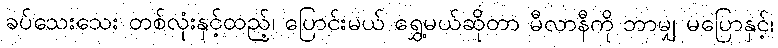
ခပ်သေးသေး တစ်လုံးနှင့်ထည့်၊ ပြောင်းမယ် ရွှေ့မယ်ဆိုတာ မီလာနီကို ဘာမျှ မပြောနှင့်၊